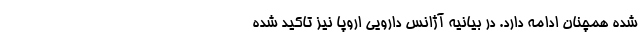
شده همچنان ادامه دارد. در بیانیه آژانس دارویی اروپا نیز تاکید شده